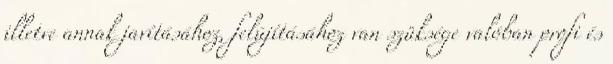
illetve annak javításához, felújításához van szüksége valóban profi és